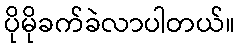
ပိုမိုခက်ခဲလာပါတယ်။